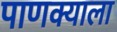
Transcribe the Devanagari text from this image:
पाणक्याला